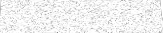
٥